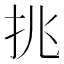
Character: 𢪢